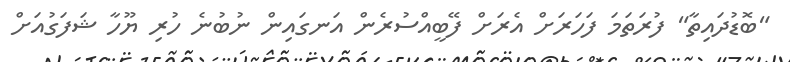
"ބޮޑުދައިތާ" ފުރަތަމަ ފަހަރަށް އެރަށް ފޭބީއްސުރެން އަނގައިން ނުބުނެ ހުރި ޔޫހާ ޝަފަގުއަށް